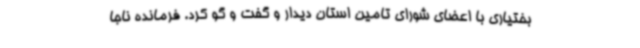
بختیاری با اعضای شورای تامین استان دیدار و گفت و گو کرد. فرمانده ناجا